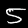
Digit: 5